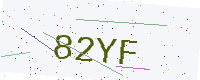
Text: 82YF